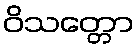
ဝိသတ္တော